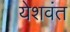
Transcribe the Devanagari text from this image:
येशवंत